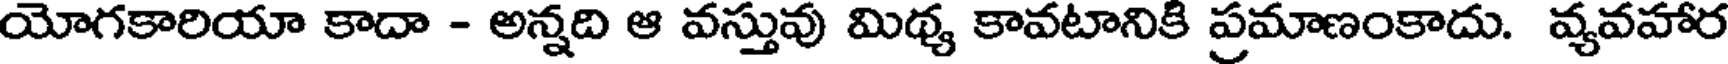
యోగకారియా కాదా - అన్నది ఆ వస్తువు మిథ్య కావటానికి ప్రమాణంకాదు. వ్యవహార